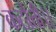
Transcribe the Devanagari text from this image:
कठौती।।